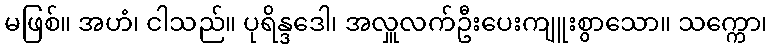
မဖြစ်။ အဟံ၊ ငါသည်။ ပုရိန္ဒဒေါ၊ အလှူလက်ဦးပေးကျူးစွာသော။ သက္ကော၊